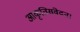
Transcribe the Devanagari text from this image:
आकृतिसंवेदन।